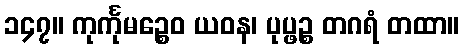
၁၄၇။ ကုင်္ကုမဉ္စေဝ ယဝန၊ ပုပ္ဖဉ္စ တဂရံ တထာ။